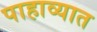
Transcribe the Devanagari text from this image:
पाहाव्यात